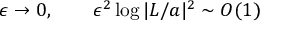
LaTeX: \epsilon \rightarrow 0 , \qquad \epsilon ^ { 2 } \log | L / a | ^ { 2 } \sim O ( 1 )